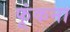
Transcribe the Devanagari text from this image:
फूंकना